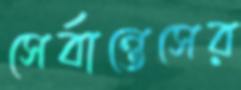
সের্বান্তেসের